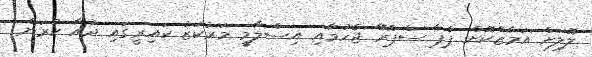
ލޮލަށް އަމާޒްކޮށް ޕެޕާ ސްޕްރޭ ޖެހުމާއި އިސްލާމީ މަރުކަޒު ކައިރީގައި ދުއާ ކުރަން